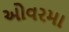
ઓવરમા